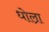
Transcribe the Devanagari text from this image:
धोल्रा